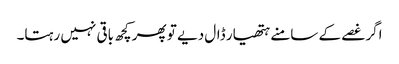
اگر غصے کے سامنے ہتھیار ڈال دیے تو پھر کچھ باقی نہیں رہتا۔